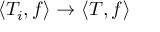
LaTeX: \langle T _ { i } , f \rangle \to \langle T , f \rangle